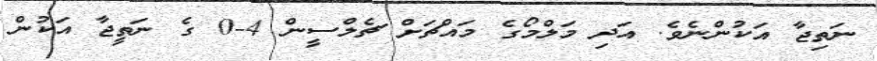
ނަތިޖާ އަކުންނެވެ. އަދި މަލްމޯގެ މައްޗަށް ޗެލްސީން 4-0 ގެ ނަތީޖާ އަކުން